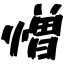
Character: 憎